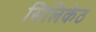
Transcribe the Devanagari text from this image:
सिलिकेठ